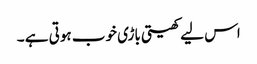
اس لیے کھیتی باڑی خوب ہوتی ہے ۔